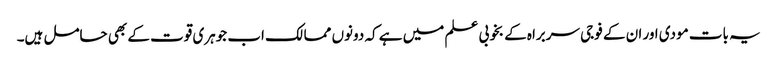
یہ بات مودی اور ان کے فوجی سربراہ کے بخوبی علم میں ہے کہ دونوں ممالک اب جوہری قوت کے بھی حامل ہیں۔